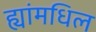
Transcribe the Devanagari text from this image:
ह्यांमधिल